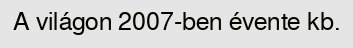
A világon 2007-ben évente kb.